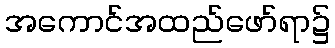
အကောင်အထည်ဖော်ရာ၌